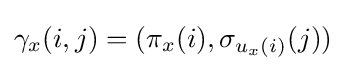
\gamma _{x}(i,j)=(\pi _{x}(i),\sigma _{u_{x}(i)}(j))